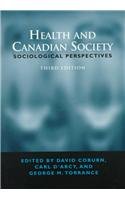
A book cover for Health and Canadian Society: Sociological Perspectives; Medical Books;